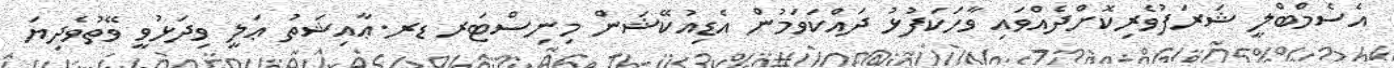
އެސެމްބްލީ ޝަރަފުވެރިކޮށްދެއްވައި ވާހަކަފުޅު ދައްކަވަމުން އެޑިއުކޭޝަން މިނިސްޓަރ ޑރ.ޢާއިޝަތު ޢަލީ ވިދަޅުވީ ވޭތުވެދިޔަ